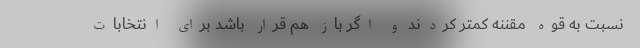
نسبت به قوه مقننه کمتر کردند و اگر باز هم قرار باشد برای انتخابات